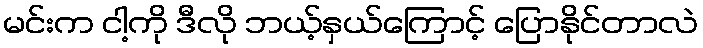
မင်းက ငါ့ကို ဒီလို ဘယ့်နှယ်ကြောင့် ပြောနိုင်တာလဲ